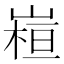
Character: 𭗁